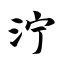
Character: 泞